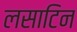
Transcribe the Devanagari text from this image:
लसाटिन